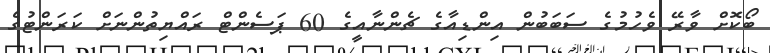
ބޯކޮށް ވާރޭ ވެހުމުގެ ސަބަބުން އިންޑިއާގެ ޗެންނާއީގެ 60 ޕަސެންޓް ރައްޔިތުންނަށް ކަރަންޓުގެ